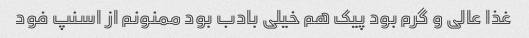
غذا عالی و گرم بود پیک هم خیلی بادب بود ممنونم از اسنپ فود